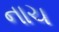
નાચ